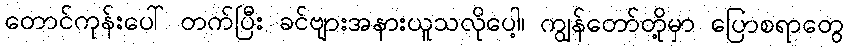
တောင်ကုန်းပေါ် တက်ပြီး ခင်ဗျားအနားယူသလိုပေါ့၊ ကျွန်တော်တို့မှာ ပြောစရာတွေ